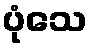
ပုံသေ